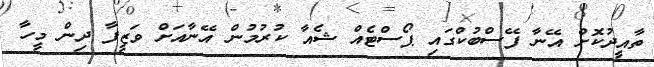
ތާއީދުކޮށް އޭނާ ފޭސްބުކްގައި ޕޯސްޓެއް ޝެއާ ކުރުމުން އޭނާއަށް ވަޒީފާ ދިން މީހާ